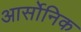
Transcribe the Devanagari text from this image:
आर्सोनिक